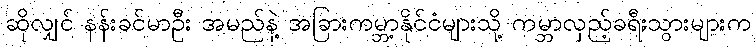
ဆိုလျှင် နန်းခင်မာဦး အမည်နဲ့ အခြားကမ္ဘာ့နိုင်ငံများသို့ ကမ္ဘာလှည့်ခရီးသွားများက